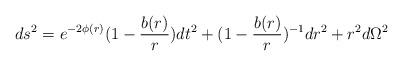
LaTeX: \begin{align*}ds^{2} = e^{-2\phi(r)} ( 1 - \frac{b(r)}{r}) dt^{2} + ( 1 - \frac{b(r)}{r})^{-1} dr^{2} + r^{2}d \Omega^{2}\end{align*}